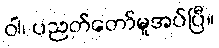
ဝါ၊ ပညတ်တော်မူအပ်ပြီ။